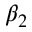
\beta _ { 2 }